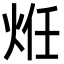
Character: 𭴞